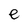
Character: e